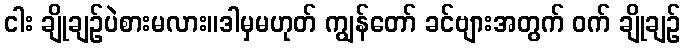
ငါး ချိုချဉ်ပဲစားမလား။ဒါမှမဟုတ် ကျွန်တော် ခင်ဗျားအတွက် ဝက် ချိုချဉ်